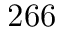
2 6 6